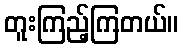
တူးကြည့်ကြတယ်။